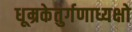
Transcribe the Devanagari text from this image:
धूम्रकेतुर्गणाध्यक्षो